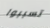
تسببوا